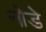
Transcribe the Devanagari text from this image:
नोडे